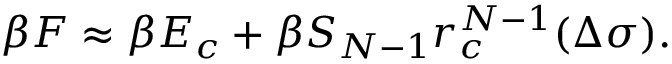
\beta F \approx \beta E _ { c } + \beta { \cal S } _ { N - 1 } r _ { c } ^ { N - 1 } ( \Delta \sigma ) .